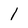
Character: 1